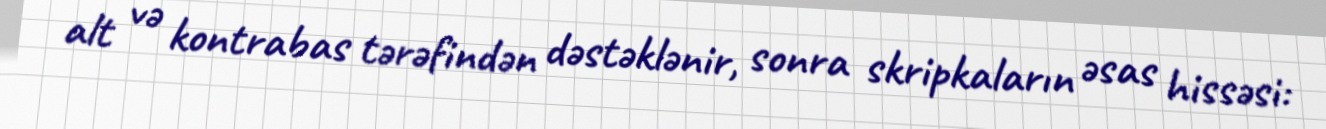
alt və kontrabas tərəfindən dəstəklənir, sonra skripkaların əsas hissəsi: